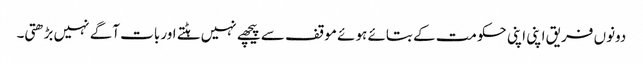
دونوں فریق اپنی اپنی حکومت کے بتائے ہوئے موقف سے پیچھے نہیں ہٹتے اور بات آگے نہیں بڑھتی۔